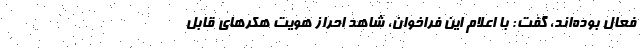
فعال بوده‌اند، گفت: با اعلام این فراخوان، شاهد احراز هویت هکرهای قابل